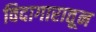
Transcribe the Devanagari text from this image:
विदागारातून